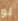
لو